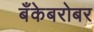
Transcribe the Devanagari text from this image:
बँकेबरोबर